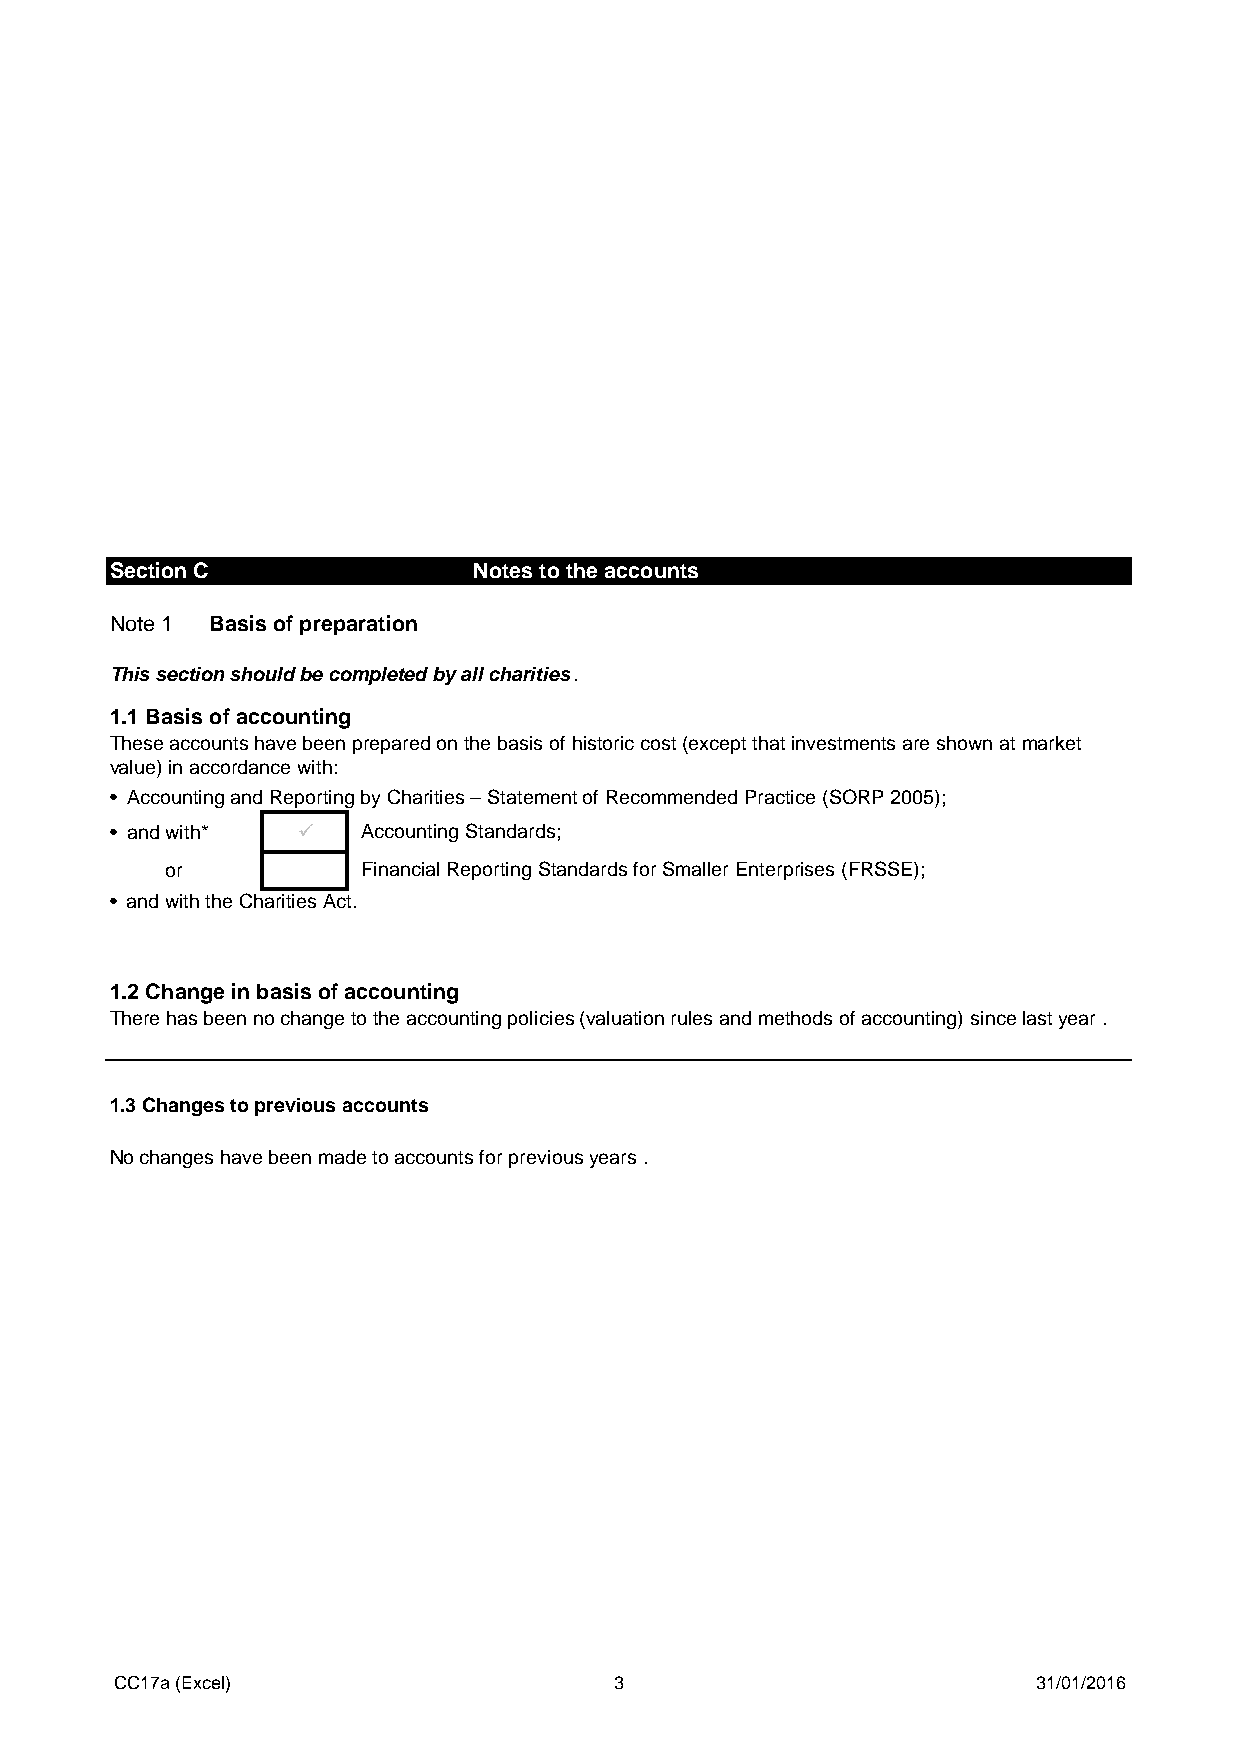
Section C               Notes to the accounts
 Note 1 Basis of preparation
 This section should be completed by all charities.
 1.1 Basis of accounting
 These accounts have been prepared on the basis of historic cost (except that investments are shown at market
 value) in accordance with:
 • Accounting and Reporting by Charities – Statement of Recommended Practice (SORP 2005);
 • and with*  (cid:1) Accounting Standards;
 or           Financial Reporting Standards for Smaller Enterprises (FRSSE);
 • and with the Charities Act.
 1.2 Change in basis of accounting
 There has been no change to the accounting policies (valuation rules and methods of accounting) since last year .
 1.3 Changes to previous accounts
 No changes have been made to accounts for previous years .
 CC17a (Excel)                    3                           31/01/2016